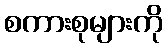
စကားစုများကို